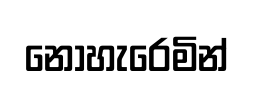
නොහැරෙමින්